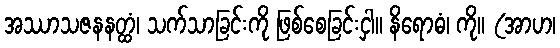
အဿာသဇနနတ္ထံ၊ သက်သာခြင်းကို ဖြစ်စေခြင်းငှါ။ နိရောဓံ၊ ကို။ (အာဟ၊